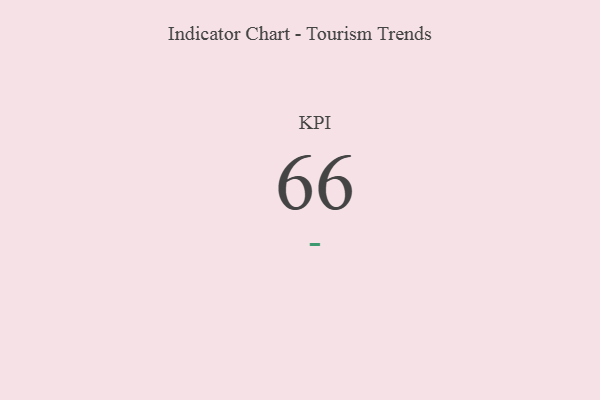
{"axis": {"x": "KPI", "y": "Value"}, "legend": [""], "data": [{"x": "KPI", "y": 66, "type": ""}]}